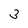
Character: 3